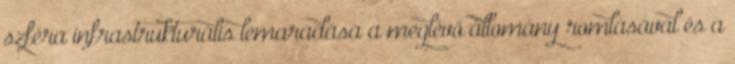
szféra infrastrukturális lemaradása a meglévő állomány romlásával és a